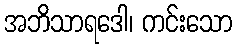
အဘိသာရဒေါ၊ ကင်းသော